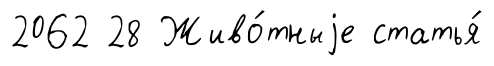
2062 28 Живо́тныjе статья́